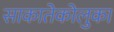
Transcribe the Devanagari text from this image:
साकातेकोलुका